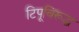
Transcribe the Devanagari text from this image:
टिपूविरूद्ध